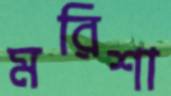
মরিশা